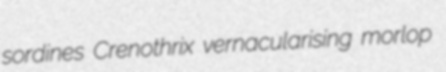
sordines Crenothrix vernacularising morlop